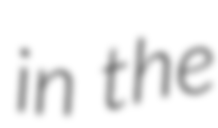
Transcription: in the